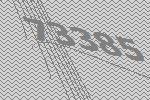
73385